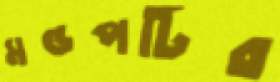
মণ্ডপটির